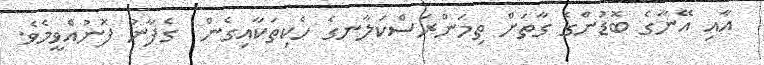
އާއި އޭނާގެ ބޮޑުންގެ ގާތަށް ތިމަންރަސްކަލާނގެ ހެކިތަކާއިގެން  ގެފާނު ފޮނުއްވީމެވެ.